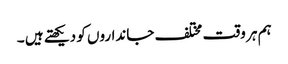
ہم ہر وقت مختلف جانداروں کو دیکھتے ہیں ۔